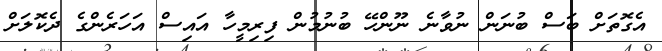
އެގޮތަށް ބަސް ބުނަން ނުވާނެ ނޫންހޭ ބުނުމުން ފިރިމީހާ އައިސް އަހަރެންގެ ދެކޮލަށް